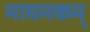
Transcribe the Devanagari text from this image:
माघमकम्